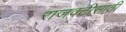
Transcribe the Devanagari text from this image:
राजवटीसाठी